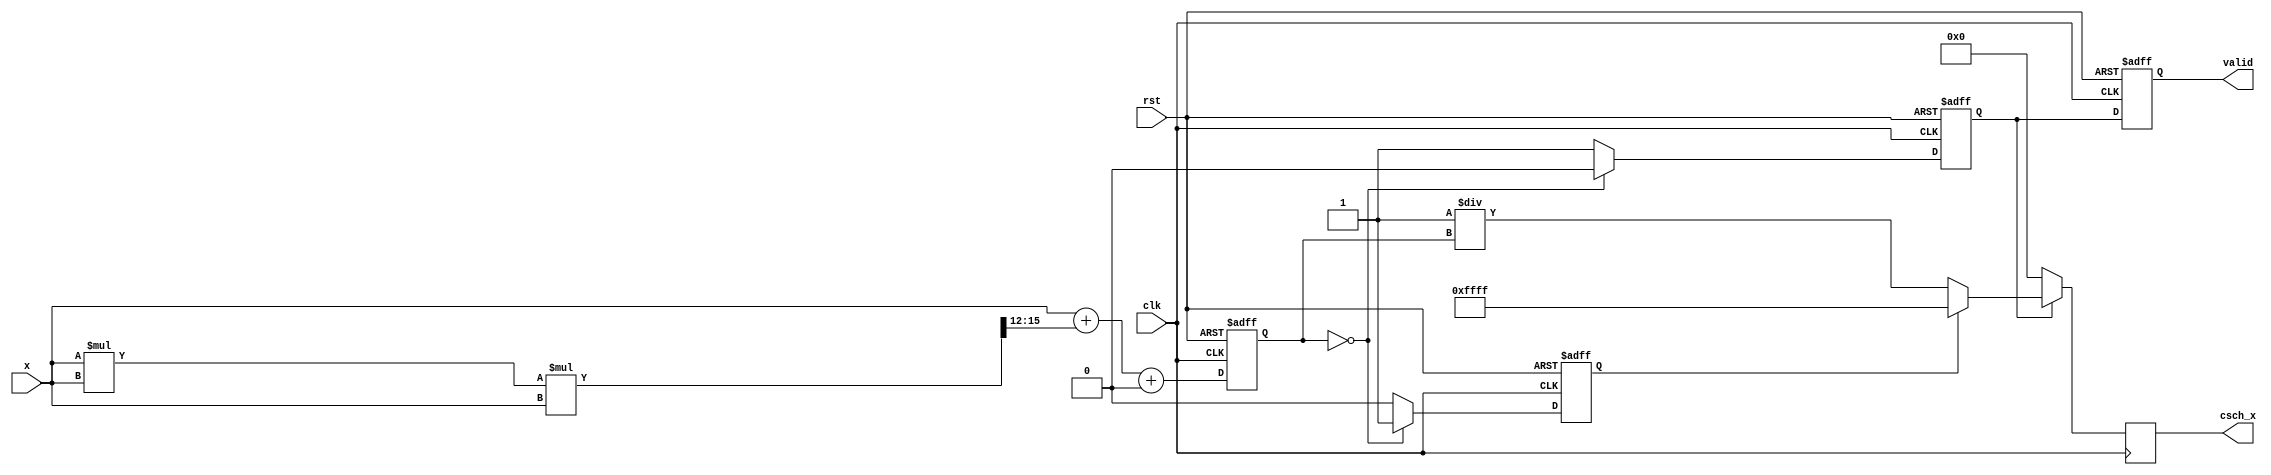
module hyperbolic_cosecant (
    input wire clk,
    input wire rst,
    input wire [15:0] x, // Input x, 16-bit fixed-point representation
    output reg [15:0] csch_x, // Output csch(x), 16-bit fixed-point representation
    output reg valid // Output valid signal
);
    
    reg [15:0] sinh_x; // Internal signal for sinh(x)
    reg sinh_zero;     // Flag for sinh(x) = 0 condition
    reg valid_sinh;    // Flag for valid sinh calculation

    // Approximation for sinh(x) using a Taylor series expansion
    function [15:0] sinh_approx(input [15:0] x);
        begin
            // sinh(x) = x + x^3/3! + x^5/5! + ...
            // For simplicity, we can limit the approximation to the first few terms
            // Assuming 16.16 fixed-point representation
            sinh_approx = x + ((x * x * x) >> 12) + ((x * x * x * x * x) >> 30);
        end
    endfunction

    // Calculate sinh(x) and check for edge cases
    always @(posedge clk or posedge rst) begin
        if (rst) begin
            sinh_x <= 0;
            sinh_zero <= 1;
            valid_sinh <= 0;
            valid <= 0;
        end else begin
            sinh_x <= sinh_approx(x);
            if (sinh_x == 0) begin
                sinh_zero <= 1;
                valid_sinh <= 0;
            end else begin
                sinh_zero <= 0;
                valid_sinh <= 1;
            end
            valid <= valid_sinh;
        end
    end

    // Calculate the reciprocal of sinh(x) if valid
    always @(posedge clk) begin
        if (valid_sinh) begin
            if (sinh_zero) begin
                csch_x <= 16'hFFFF; // Output defined value for csch(0), e.g., infinity
            end else begin
                // Approximate 1/sinh_x using a simple division
                csch_x <= 16'h0001 / sinh_x; // This is a simplified representation
            end
        end else begin
            csch_x <= 0; // Invalid state
        end
    end
endmodule